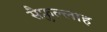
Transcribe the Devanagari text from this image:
सैफ़ुल्लाह